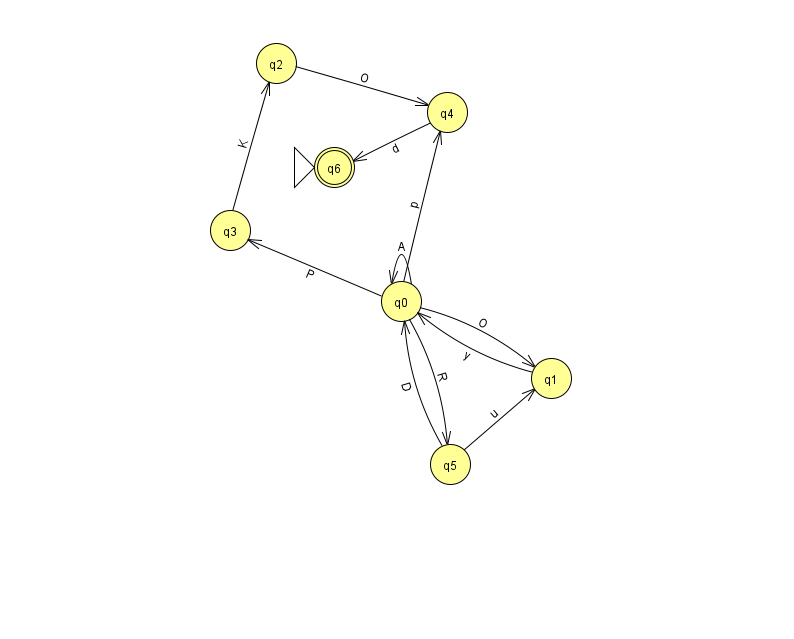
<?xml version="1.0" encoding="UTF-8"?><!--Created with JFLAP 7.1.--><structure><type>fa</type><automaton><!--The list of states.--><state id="0" name="q0"><x>401.0</x><y>288.0</y></state><state id="1" name="q1"><x>551.0</x><y>365.0</y></state><state id="2" name="q2"><x>276.0</x><y>50.0</y></state><state id="3" name="q3"><x>230.0</x><y>217.0</y></state><state id="4" name="q4"><x>447.0</x><y>99.0</y></state><state id="5" name="q5"><x>450.0</x><y>451.0</y></state><state id="6" name="q6"><x>334.0</x><y>154.0</y><initial/><final/></state><!--The list of transitions.--><transition><from>0</from><to>0</to><read>A</read></transition><transition><from>5</from><to>1</to><read>u</read></transition><transition><from>1</from><to>0</to><read>y</read></transition><transition><from>0</from><to>1</to><read>O</read></transition><transition><from>2</from><to>4</to><read>O</read></transition><transition><from>5</from><to>0</to><read>D</read></transition><transition><from>4</from><to>6</to><read>d</read></transition><transition><from>0</from><to>5</to><read>R</read></transition><transition><from>0</from><to>3</to><read>P</read></transition><transition><from>3</from><to>2</to><read>K</read></transition><transition><from>0</from><to>4</to><read>p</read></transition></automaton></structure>